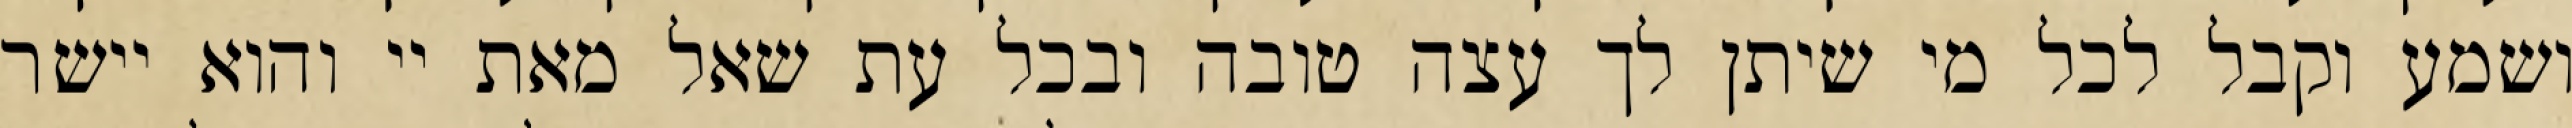
ושמע וקבל לכל מי שיתן לך עצה טובה ובכל עת שאל מאת יי והוא יישר